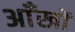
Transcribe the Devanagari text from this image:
अाँखों